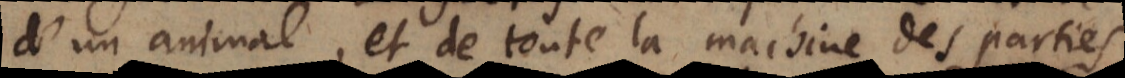
d’un animal, et de toute la machine des parties,